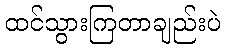
ထင်သွားကြတာချည်းပဲ